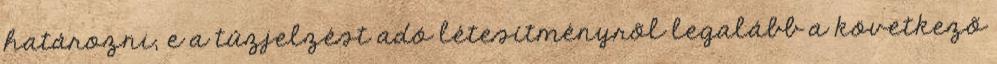
határozni, e a tûzjelzést adó létesítményrõl legalább a következõ